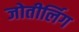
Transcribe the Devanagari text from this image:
जोतीर्लिग